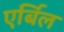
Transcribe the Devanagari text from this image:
एर्बिल